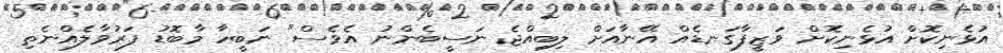
އުޅެނިކޮށް އުޅެނިކޮށް ވަޒީފާގަނޑެއް އޭނާއަށް ލިބިއްޖެ ނަސީބެންނު އެވެސް" ނަބީހާ މާބޮޑު ފަރުވާލެއްނެތި